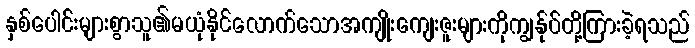
နှစ်ပေါင်းများစွာသူ၏မယုံနိုင်လောက်သောအကျိုးကျေးဇူးများကိုကျွန်ုပ်တို့ကြားခဲ့ရသည်